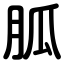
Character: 胍